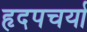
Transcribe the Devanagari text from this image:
हृदपचर्या